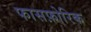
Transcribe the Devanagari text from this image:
फासफ़ोरिक